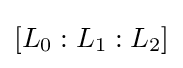
[L_{0}:L_{1}:L_{2}]